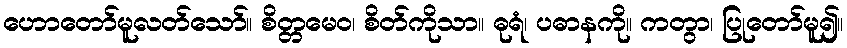
ဟောတော်မူလတ်သော်။ စိတ္တမေဝ၊ စိတ်ကိုသာ။ ဓုရံ၊ ပဓာနကို။ ကတွာ၊ ပြုတော်မူ၍။